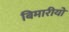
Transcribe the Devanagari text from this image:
बिमारीयो